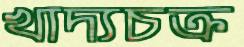
খাদ্যচক্র